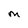
Character: M